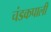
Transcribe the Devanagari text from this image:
चंडकपाली